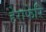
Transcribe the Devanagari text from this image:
हेराफेरि